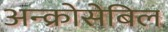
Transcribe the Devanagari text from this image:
अन्क्रोसेबिल